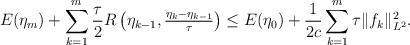
\begin{align*}E(\eta_m) + \sum_{k = 1}^m \frac{\tau}{2} R\left(\eta_{k - 1}, \tfrac{\eta_k - \eta_{k - 1}}{\tau}\right) \le E(\eta_0) + \frac{1}{2c}\sum_{k = 1}^m \tau \|f_k\|_{L^2}^2.\end{align*}